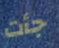
جأت